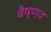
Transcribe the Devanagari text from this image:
बैष्णव